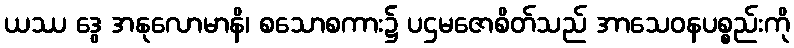
ယဿ ဒွေ အနုလောမာနိ၊ စသောစကား၌ ပဌမဇောစိတ်သည် အာသေဝနပစ္စည်းကို